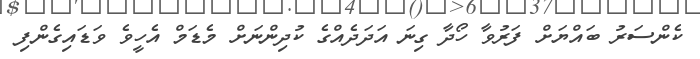
ކެންސަރު ބައްޔަށް ފަރުވާ ހޯދާ ގިނަ އަދަދެއްގެ ކުދިންނަށް މެޑަމް އެހީވެ ވަޑައިގެންފި